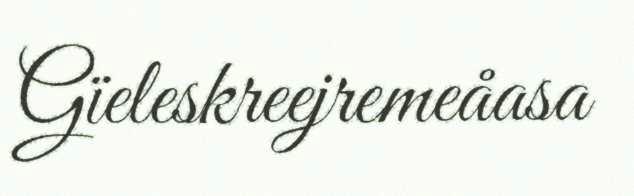
Gïeleskreejremeåasa